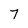
Character: 7